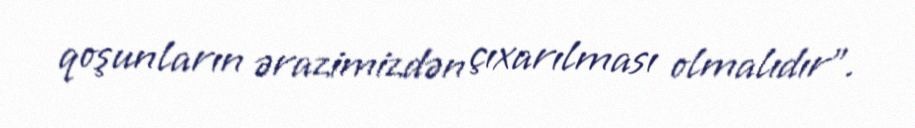
qoşunların ərazimizdən çıxarılması olmalıdır”.